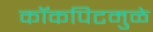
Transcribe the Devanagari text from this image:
कॉकपिटमुळे